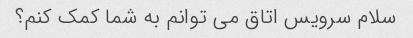
سلام سرویس اتاق می توانم به شما کمک کنم؟